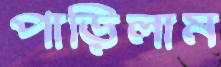
পাড়িলাম